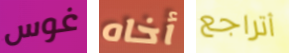
غوس أخاه أتراجع